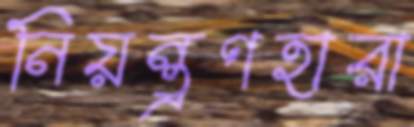
নিয়ন্ত্রণহারা